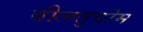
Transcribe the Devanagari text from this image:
वीलतुवोम